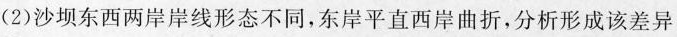
(2)沙坝东西两岸岸线形态不同，东岸平直西岸曲折，分析形成该差异